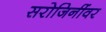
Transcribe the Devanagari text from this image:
सरोजिनींवर